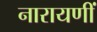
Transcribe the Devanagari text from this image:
नारायणीं